Vaccination in the Punjab 1905-1918 - 1905-1918
Year: 1905
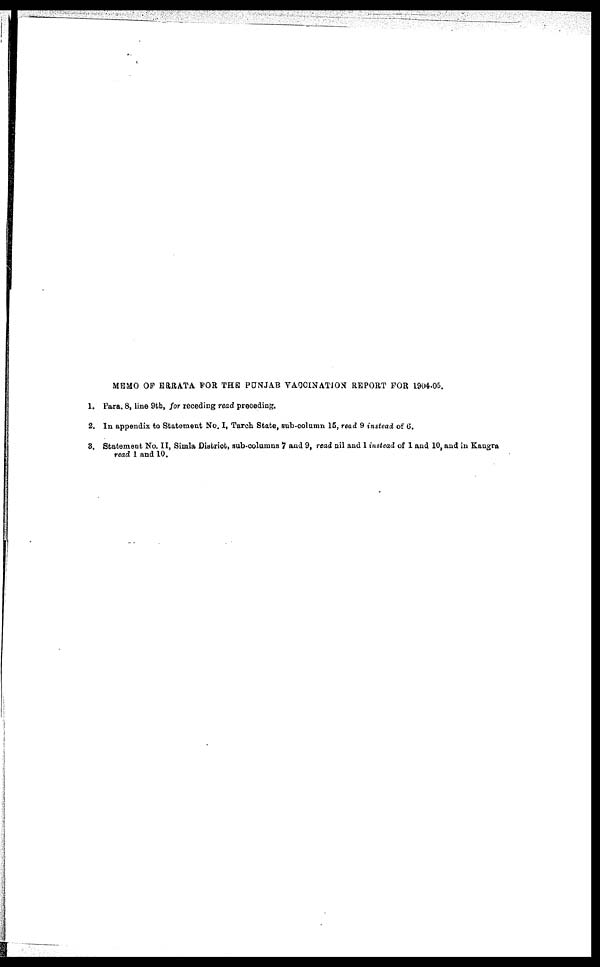
MEMO OF ERRATA FOR THE PUNJAB VACCINATION REPORT FOR 1904-05.
1. Para. 8, line 9th, for receding read preceding.
2. In appendix to Statement No. I, Tarch State, sub-column 15, read 9 instead of 6.
8. Statement No. II, Simla District, sub-columns 7 and 9, read nil and 1 instead of 1 and 10, and in Kangra
read 1 and 10.